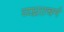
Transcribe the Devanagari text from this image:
व्य्घ्रााचर्म